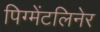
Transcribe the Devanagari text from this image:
पिग्मेंटलिनेर